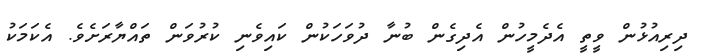
ދިރިއުޅުން ވީތީ އެދެމީހުން އެދިގެން ބުނާ ދުވަހަކުން ކައިވެނި ކުރުވަން ތައްޔާރަށެވެ. އެކަމަކު